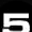
Digit: 5